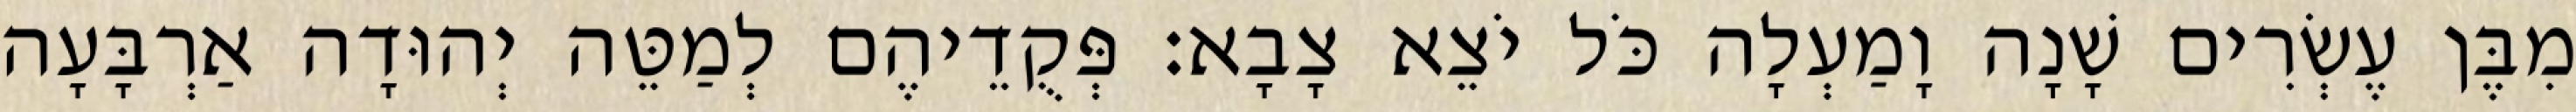
מִבֶּן עֶשְׂרִים שָׁנָה וָמַעְלָה כֹּל יֹצֵא צָבָא׃ פְּקֻדֵיהֶם לְמַטֵּה יְהוּדָה אַרְבָּעָה